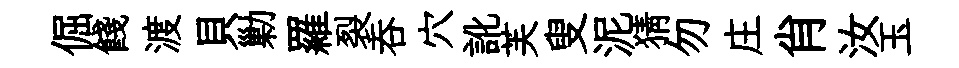
倔餞渡貝勦羅裂呑穴訛芙叟泥猜勿庄肖汝玉